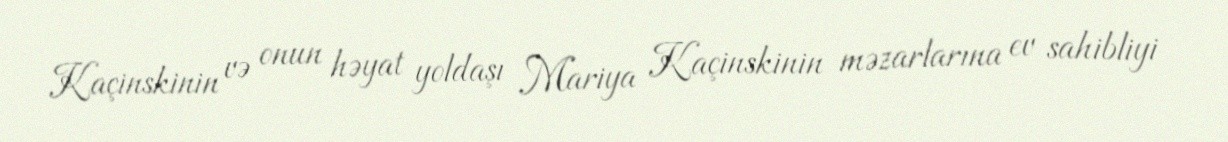
Kaçinskinin və onun həyat yoldaşı Mariya Kaçinskinin məzarlarına ev sahibliyi